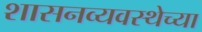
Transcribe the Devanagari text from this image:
शासनव्यवस्थेच्या